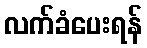
လက်ခံပေးရန်